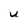
Character: u